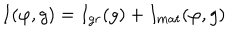
I ( \varphi , g ) = I _ { g r } ( g ) + I _ { m a t } ( \varphi , g )